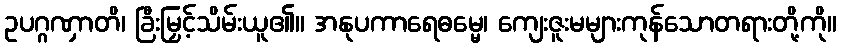
ဥပဂ္ဂဏှာတိ၊ ခြီးမြှင့်သိမ်းယူ၏။ အနုပကာရေဓမ္မေ၊ ကျေးဇူးမများကုန်သောတရားတို့ကို။